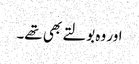
اور وہ بولتے بھی تھے۔